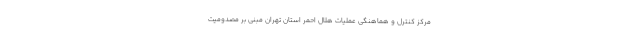
مرکز کنترل و هماهنگی عملیات هلال احمر استان تهران مبنی بر مصدومیت